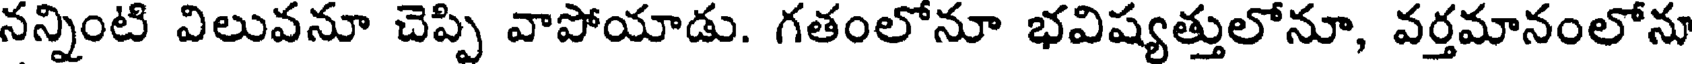
నన్నింటి విలువనూ చెప్పి వాపోయాడు. గతంలోనూ భవిష్యత్తులోనూ, వర్తమానంలోను